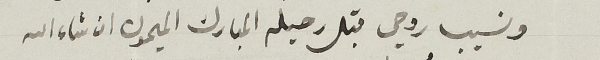
ونسيب روحي قبل رحيله المبارك الميمون ان شاء الله